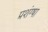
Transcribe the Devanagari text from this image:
प्रशंग्षा